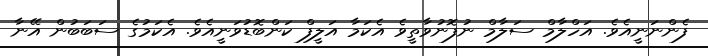
ފެންނަނީއެވެ. އަހްލާމް ސަލާމް ނުފޮނުވާތީވެ އެކަމާ އަލީފް ކަންބޮޑުވަނީއެވެ. އެކަމުގެ ސަބަބުން އޭނާ